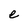
Character: e